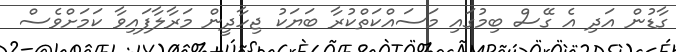
ގާޑުން އަދި އެ ގޭސް ބިމުގައި މަސައްކަތްކުރާ ބަޔަކު ޖިހާދީން މަރާލާފައިވާ ކަމަށްވެސް